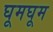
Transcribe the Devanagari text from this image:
घूमघूम